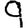
Digit: 9